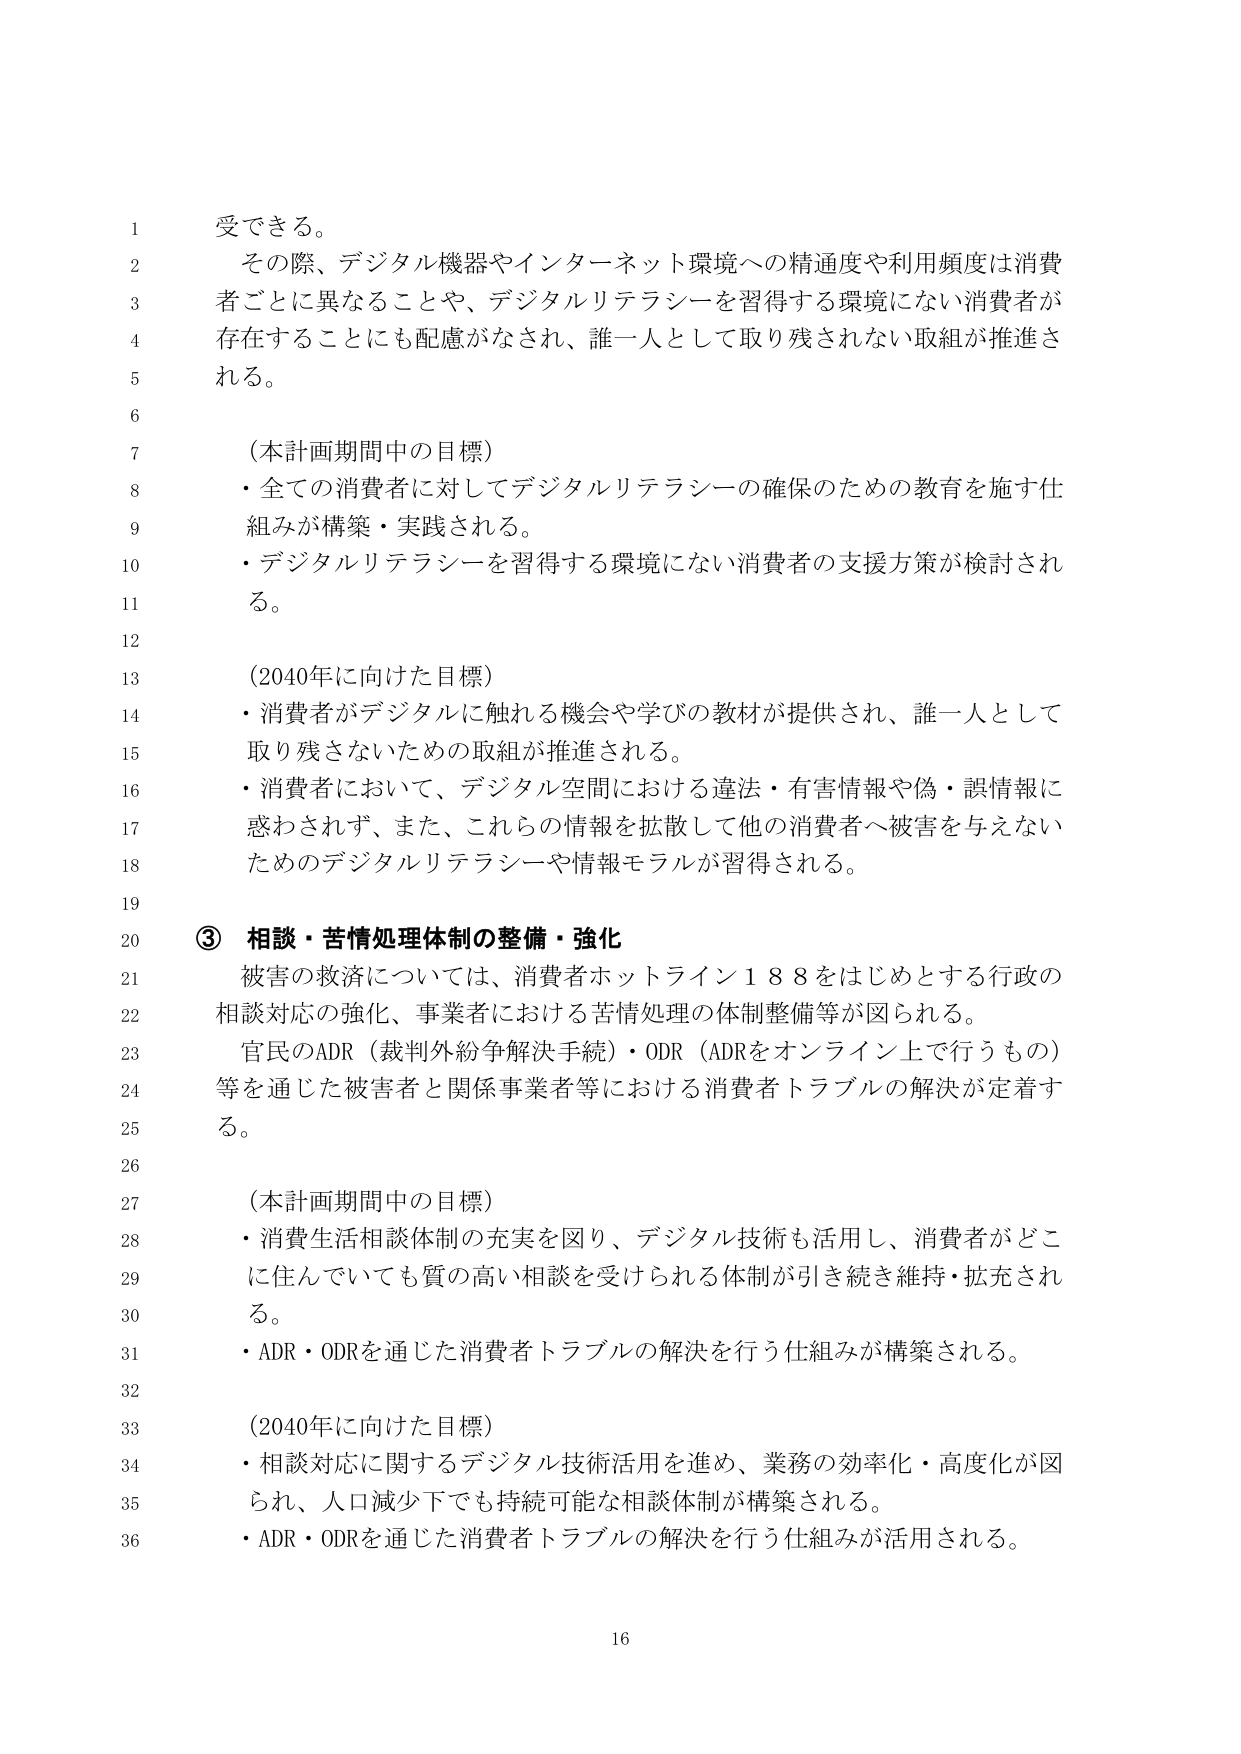
受できる。

その際、デジタル機器やインターネット環境への精通度や利用頻度は消費者ごとに異なることや、デジタルリテラシーを習得する環境にない消費者が存在することにも配慮がなされ、誰一人として取り残されない取組が推進される。

（本計画期間中の目標）
・全ての消費者に対してデジタルリテラシーの確保のための教育を施す仕組みが構築・実践される。
・デジタルリテラシーを習得する環境にない消費者の支援方策が検討される。

（2040年に向けた目標）
・消費者がデジタルに触れる機会や学びの教材が提供され、誰一人として取り残さないための取組が推進される。
・消費者において、デジタル空間における違法・有害情報や偽・誤情報に惑わされず、また、これらの情報を拡散して他の消費者へ被害を与えないためのデジタルリテラシーや情報モラルが習得される。

③ 相談・苦情処理体制の整備・強化
被害の救済については、消費者ホットライン１８８をはじめとする行政の相談対応の強化、事業者における苦情処理の体制整備等が図られる。
官民のADR（裁判外紛争解決手続）・ODR（ADRをオンライン上で行うもの）等を通じた被害者と関係事業者等における消費者トラブルの解決が定着する。

（本計画期間中の目標）
・消費生活相談体制の充実を図り、デジタル技術も活用し、消費者がどこに住んでいても質の高い相談を受けられる体制が引き続き維持・拡充される。
・ADR・ODRを通じた消費者トラブルの解決を行う仕組みが構築される。

（2040年に向けた目標）
・相談対応に関するデジタル技術活用を進め、業務の効率化・高度化が図られ、人口減少下でも持続可能な相談体制が構築される。
・ADR・ODRを通じた消費者トラブルの解決を行う仕組みが活用される。

16